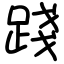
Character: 踐